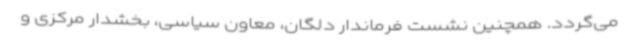
می‌گردد. همچنین نشست فرماندار دلگان، معاون سیاسی، بخشدار مرکزی و